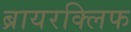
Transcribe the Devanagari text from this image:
ब्रायरक्लिफ